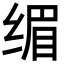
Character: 𮉭